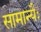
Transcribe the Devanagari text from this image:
सामान्यैः